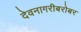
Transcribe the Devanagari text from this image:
देवनागरीबरोबर